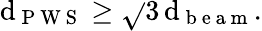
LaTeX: \mathrm{d}_{\mathrm{{~P~W~S~}}}\geq\sqrt{}{{3}}\, \mathrm{d}_{\mathrm{{~b~e~a~m~}}}.